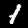
Label: 1